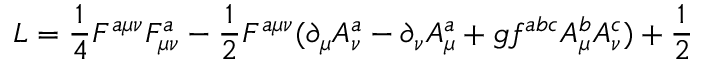
{ \cal L } = \frac 1 4 F ^ { a \mu \nu } F _ { \mu \nu } ^ { a } - \frac 1 2 F ^ { a \mu \nu } ( \partial _ { \mu } A _ { \nu } ^ { a } - \partial _ { \nu } A _ { \mu } ^ { a } + g f ^ { a b c } A _ { \mu } ^ { b } A _ { \nu } ^ { c } ) + \frac 1 2